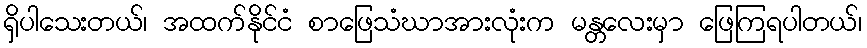
ရှိပါသေးတယ်၊ အထက်နိုင်ငံ စာဖြေသံဃာအားလုံးက မန္တလေးမှာ ဖြေကြရပါတယ်၊